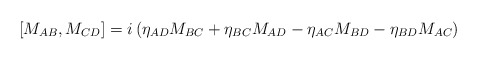
\begin{align*}[M_{AB}, M_{CD}] = i\left(\eta_{AD} M_{BC} + \eta_{BC}M_{AD} -\eta_{AC} M_{BD} - \eta_{BD} M_{AC}\right)\end{align*}